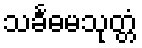
သင်္ခဓမသုတ္တံ